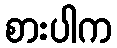
စားပါက